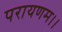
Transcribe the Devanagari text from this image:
परायणम।।